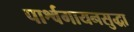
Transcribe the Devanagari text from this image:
पार्श्वगायनसुद्धा